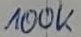
Text: 100k